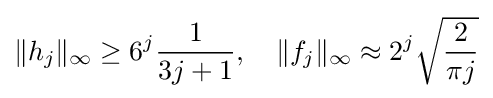
\|h_{j}\|_{\infty }\geq 6^{j}{\frac {1}{3j+1}},\ \ \ \|f_{j}\|_{\infty }\approx 2^{j}{\sqrt {\frac {2}{\pi j}}}